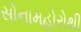
સોનામહોરોથી